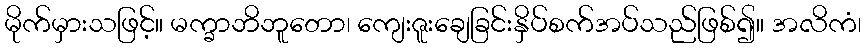
မိုက်မှားသဖြင့်။ မက္ခာဘိဘူတော၊ ကျေးဇူးချေခြင်းနှိပ်စက်အပ်သည်ဖြစ်၍။ အလိကံ၊